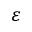
\varepsilon